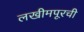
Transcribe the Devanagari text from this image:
लखीमपूरची